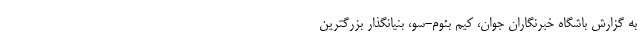
به گزارش باشگاه خبرنگاران جوان، کیم بئوم‌-سو، بنیانگذار بزرگترین